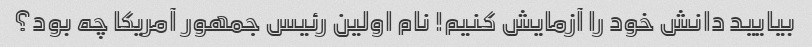
بیایید دانش خود را آزمایش کنیم! نام اولین رئیس جمهور آمریکا چه بود؟